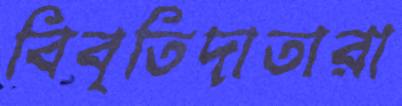
বিবৃতিদাতারা